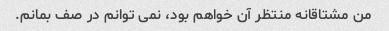
من مشتاقانه منتظر آن خواهم بود، نمی توانم در صف بمانم.